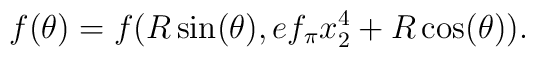
f(\theta) = f(R\sin(\theta),ef_\pi x_2^4 + R\cos(\theta)).